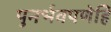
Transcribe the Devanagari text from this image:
पुनर्भवपणेहि